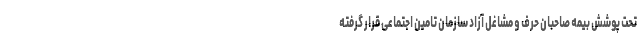
تحت پوشش بیمه صاحبان حرف و مشاغل آزاد سازمان تامین اجتماعی قرار گرفته